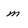
Character: m